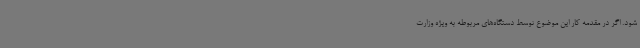
شود. اگر در مقدمه کار این موضوع توسط دستگاه‌های مربوطه به ویژه وزارت